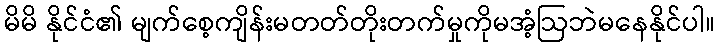
မိမိ နိုင်ငံ၏ မျက်စေ့ကျိန်းမတတ်တိုးတက်မှုကိုမအံ့ဩဘဲမနေနိုင်ပါ။